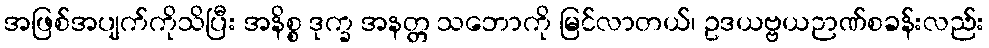
အဖြစ်အပျက်ကိုသိပြီး အနိစ္စ ဒုက္ခ အနတ္တ သဘောကို မြင်လာတယ်၊ ဥဒယဗ္ဗယဉာဏ်စခန်းလည်း